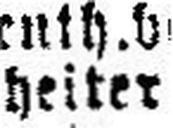
heiter